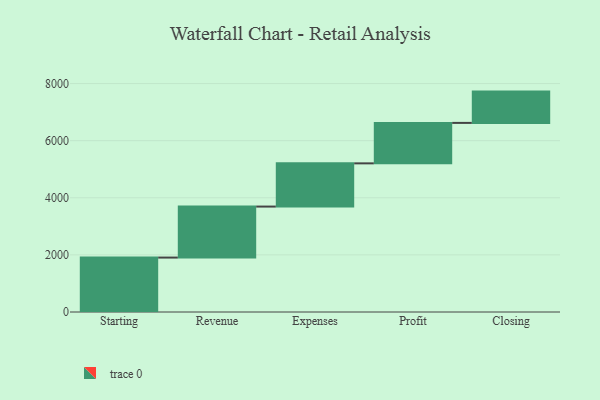
{"axis": {"x": "Step", "y": "Value"}, "legend": [""], "data": [{"x": "Starting", "y": 1906.0, "type": ""}, {"x": "Revenue", "y": 1786.0, "type": ""}, {"x": "Expenses", "y": 1513.0, "type": ""}, {"x": "Profit", "y": 1417.0, "type": ""}, {"x": "Closing", "y": 1096.0, "type": ""}]}